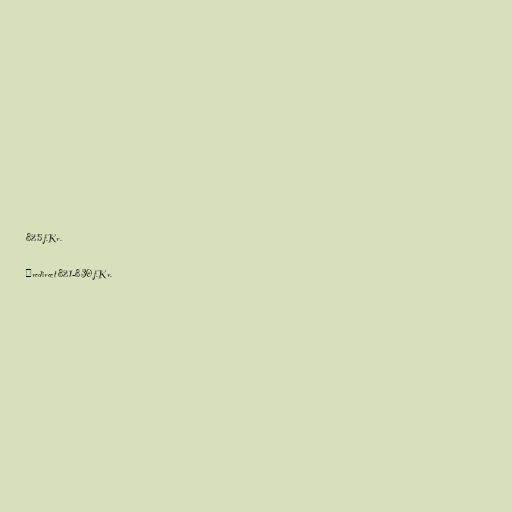
825 f.Kr.

#redirect 821-830 f.Kr.